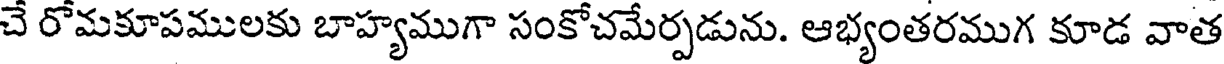
చే రోమకూపములకు బాహ్యముగా సంకోచమేర్పడును. ఆభ్యంతరముగ కూడ వాత